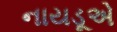
નાયડૂએ